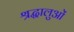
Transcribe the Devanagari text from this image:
श्रद्घालुओं